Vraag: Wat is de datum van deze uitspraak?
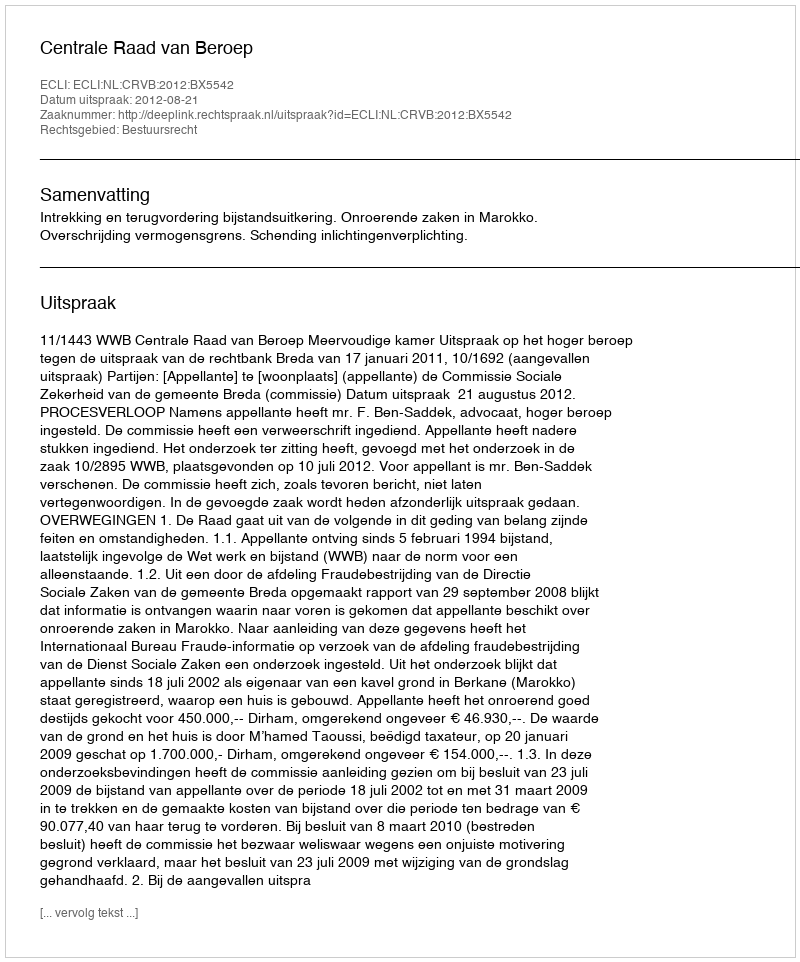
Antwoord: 2012-08-21